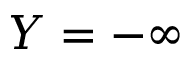
Y = - \infty